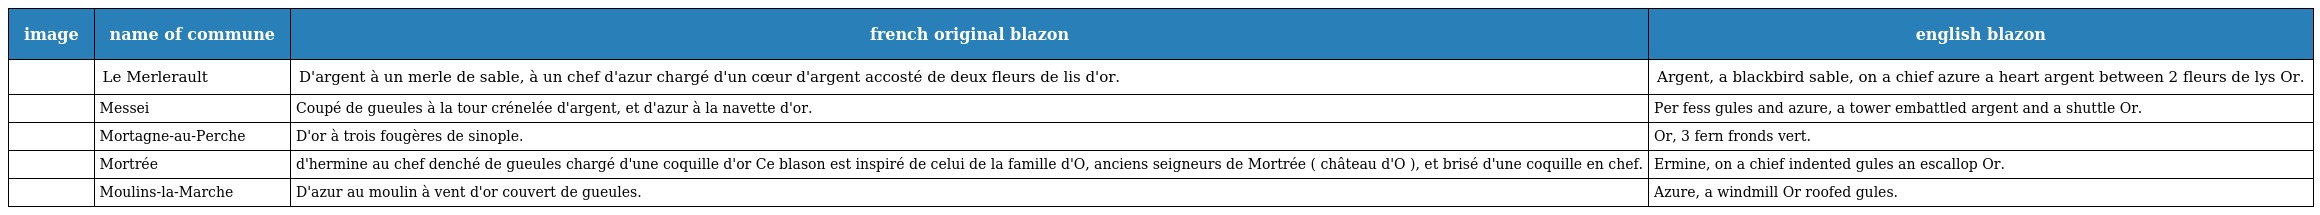
| image | name of commune | french original blazon | english blazon |
 | --- | --- | --- | --- |
 |  | Le Merlerault | D'argent à un merle de sable, à un chef d'azur chargé d'un cœur d'argent accosté de deux fleurs de lis d'or. | Argent, a blackbird sable, on a chief azure a heart argent between 2 fleurs de lys Or. |
 |  | Messei | Coupé de gueules à la tour crénelée d'argent, et d'azur à la navette d'or. | Per fess gules and azure, a tower embattled argent and a shuttle Or. |
 |  | Mortagne-au-Perche | D'or à trois fougères de sinople. | Or, 3 fern fronds vert. |
 |  | Mortrée | d'hermine au chef denché de gueules chargé d'une coquille d'or Ce blason est inspiré de celui de la famille d'O, anciens seigneurs de Mortrée ( château d'O ), et brisé d'une coquille en chef. | Ermine, on a chief indented gules an escallop Or. |
 |  | Moulins-la-Marche | D'azur au moulin à vent d'or couvert de gueules. | Azure, a windmill Or roofed gules. |